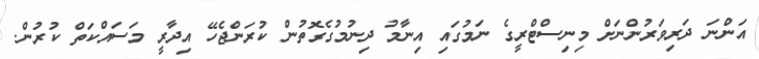
އަންނަ ދަރިވަރުންނަށް މިނިސްޓްރީގެ ނަމުގައި އިނާމު ދިނުމުގެގޮތުން ކުރަންޖެހޭ އިދާރީ މަސައްކަތް ކުރުން.